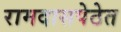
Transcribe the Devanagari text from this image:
रामदासपेठेत